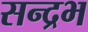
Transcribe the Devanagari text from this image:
सन्द्रभ